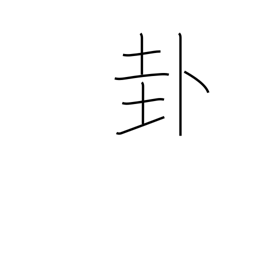
Meaning: a divination sign